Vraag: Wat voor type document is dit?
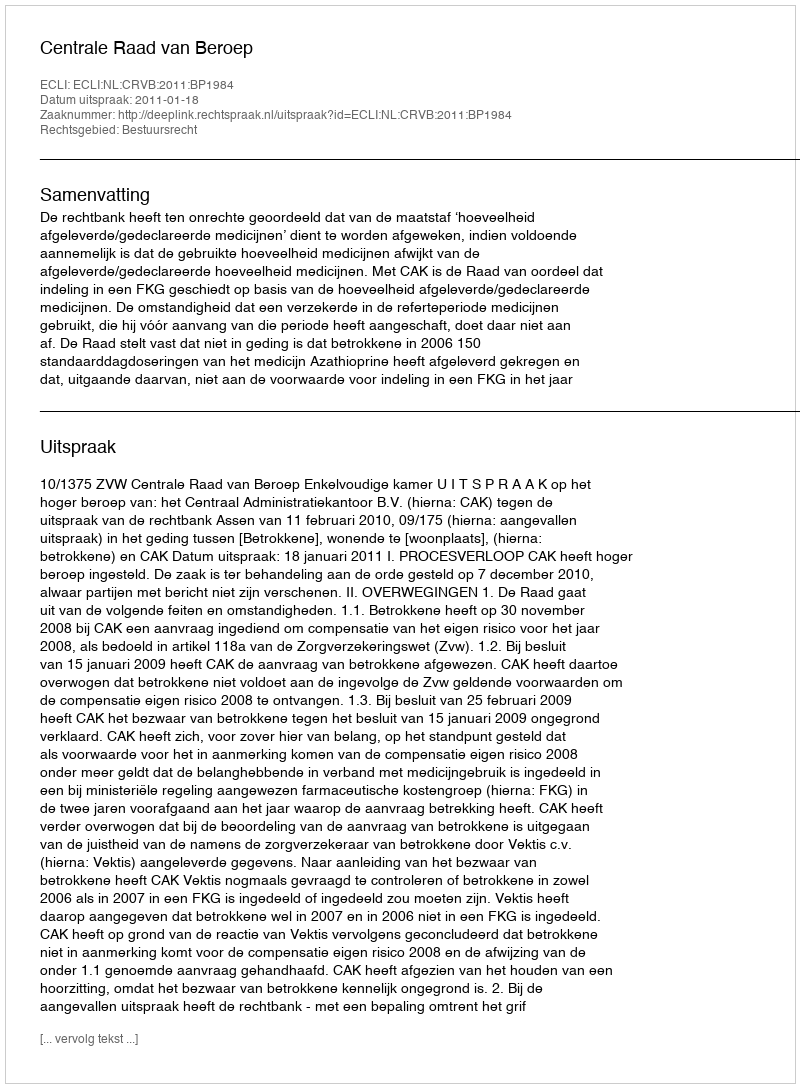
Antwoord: Uitspraak